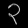
Digit: ၃